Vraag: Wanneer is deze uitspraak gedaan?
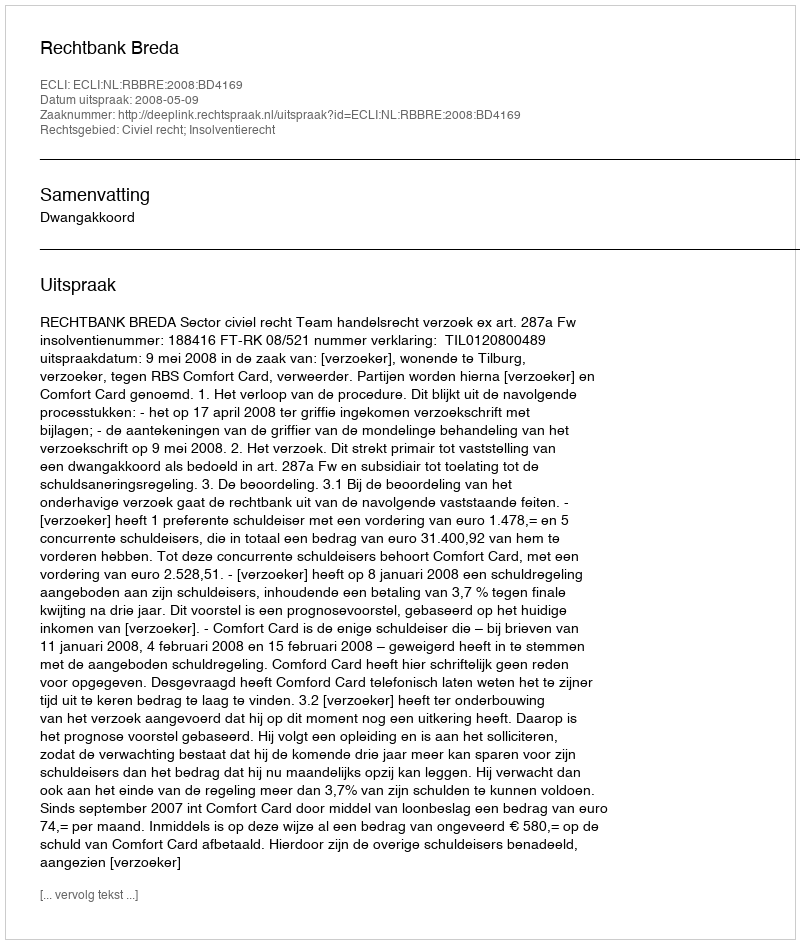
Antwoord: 2008-05-09